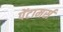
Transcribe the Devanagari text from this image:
पेंटामर्स